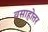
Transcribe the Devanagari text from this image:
वसाहोत्तर